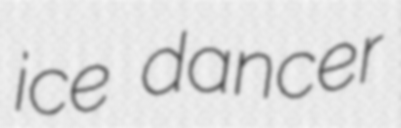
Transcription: ice dancer